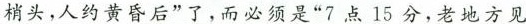
\underline{梢头，人约黄昏后”了，而必须是“7点15分，老地方见}